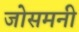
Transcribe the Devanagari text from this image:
जोसमनी